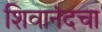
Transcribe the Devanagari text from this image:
शिवानंदचा